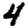
Digit: 4